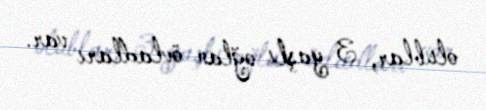
olublar, 3 yaşlı oğlan övladları var.